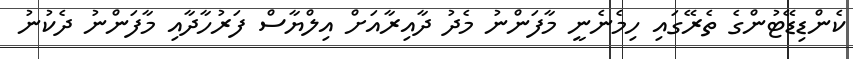
ކެންޑިޑޭޓުންގެ ތެރޭގައި ހިމެނެނީ މާފަންނު މެދު ދާއިރާއަށް އިލްޔާސް ފަރުހާދާއި މާފަންނު ދެކުނު